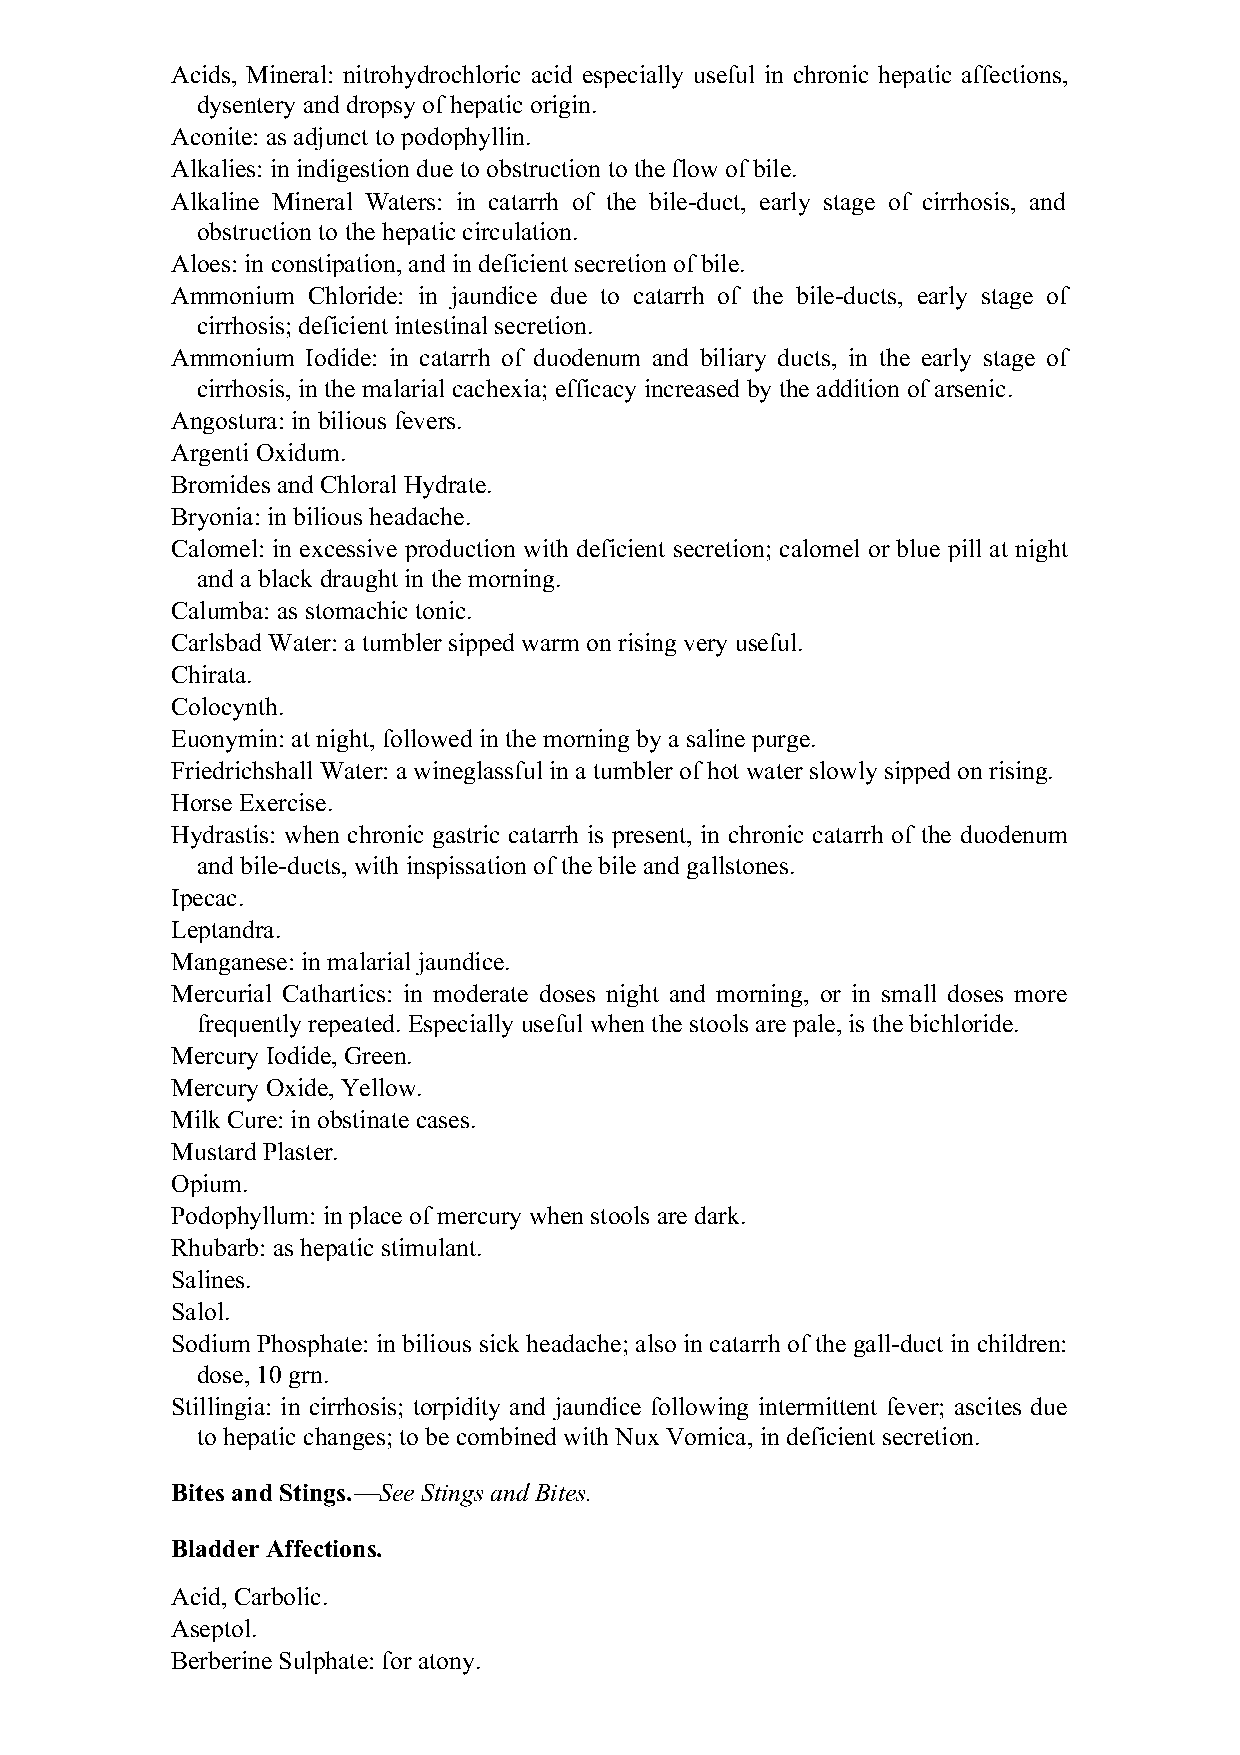
Acids, Mineral: nitrohydrochloric acid especially useful in chronic hepatic affections,
 dysentery and dropsy of hepatic origin.
 Aconite: as adjunct to podophyllin.
 Alkalies: in indigestion due to obstruction to the flow of bile.
 Alkaline Mineral Waters: in catarrh of the bile-duct, early stage of cirrhosis, and
 obstruction to the hepatic circulation.
 Aloes: in constipation, and in deficient secretion of bile.
 Ammonium Chloride: in jaundice due to catarrh of the bile-ducts, early stage of
 cirrhosis; deficient intestinal secretion.
 Ammonium Iodide: in catarrh of duodenum and biliary ducts, in the early stage of
 cirrhosis, in the malarial cachexia; efficacy increased by the addition of arsenic.
 Angostura: in bilious fevers.
 Argenti Oxidum.
 Bromides and Chloral Hydrate.
 Bryonia: in bilious headache.
 Calomel: in excessive production with deficient secretion; calomel or blue pill at night
 and a black draught in the morning.
 Calumba: as stomachic tonic.
 Carlsbad Water: a tumbler sipped warm on rising very useful.
 Chirata.
 Colocynth.
 Euonymin: at night, followed in the morning by a saline purge.
 Friedrichshall Water: a wineglassful in a tumbler of hot water slowly sipped on rising.
 Horse Exercise.
 Hydrastis: when chronic gastric catarrh is present, in chronic catarrh of the duodenum
 and bile-ducts, with inspissation of the bile and gallstones.
 Ipecac.
 Leptandra.
 Manganese: in malarial jaundice.
 Mercurial Cathartics: in moderate doses night and morning, or in small doses more
 frequently repeated. Especially useful when the stools are pale, is the bichloride.
 Mercury Iodide, Green.
 Mercury Oxide, Yellow.
 Milk Cure: in obstinate cases.
 Mustard Plaster.
 Opium.
 Podophyllum: in place of mercury when stools are dark.
 Rhubarb: as hepatic stimulant.
 Salines.
 Salol.
 Sodium Phosphate: in bilious sick headache; also in catarrh of the gall-duct in children:
 dose, 10 grn.
 Stillingia: in cirrhosis; torpidity and jaundice following intermittent fever; ascites due
 to hepatic changes; to be combined with Nux Vomica, in deficient secretion.
 Bites and Stings.—See Stings and Bites.
 Bladder Affections.
 Acid, Carbolic.
 Aseptol.
 Berberine Sulphate: for atony.